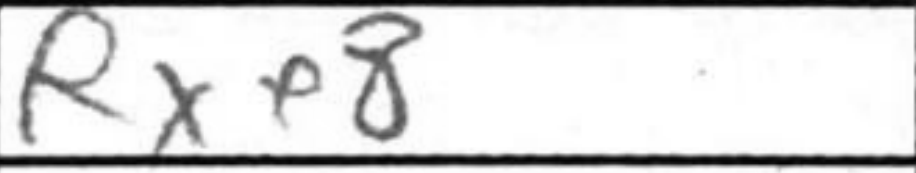
Transcription: Rxe8